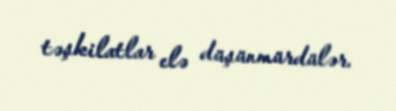
təşkilatlar elə düşünmürdülər.